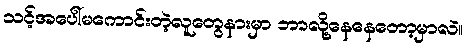
သင့်အပေါ်မကောင်းတဲ့လူတွေနားမှာ ဘာလို့နေနေတော့မှာလဲ။